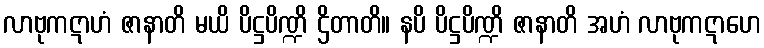
လာဗုကဋာဟံ ဇာနာတိ မယိ ပိဋ္ဌပိဏ္ဍိ ဌိတာတိ။ နပိ ပိဋ္ဌပိဏ္ဍိ ဇာနာတိ အဟံ လာဗုကဋာဟေ